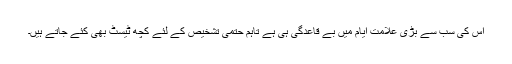
اس کی سب سے بڑی علامت ایام میں بے قاعدگی ہی ہے تاہم حتمی تشخیص کے لئے کچھ ٹیسٹ بھی کئے جاتے ہیں۔